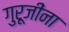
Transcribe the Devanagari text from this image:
गुरूजींना